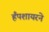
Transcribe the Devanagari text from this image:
हँपशायरने